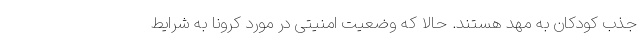
جذب کودکان به مهد هستند. حالا که وضعیت امنیتی در مورد کرونا به شرایط